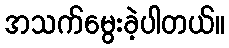
အသက်မွေးခဲ့ပါတယ်။